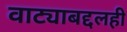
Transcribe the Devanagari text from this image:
वाट्याबद्दलही